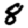
Digit: 8